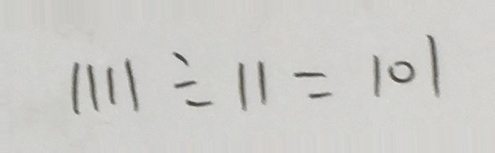
1 1 1 1 \div 1 1 = 1 0 1